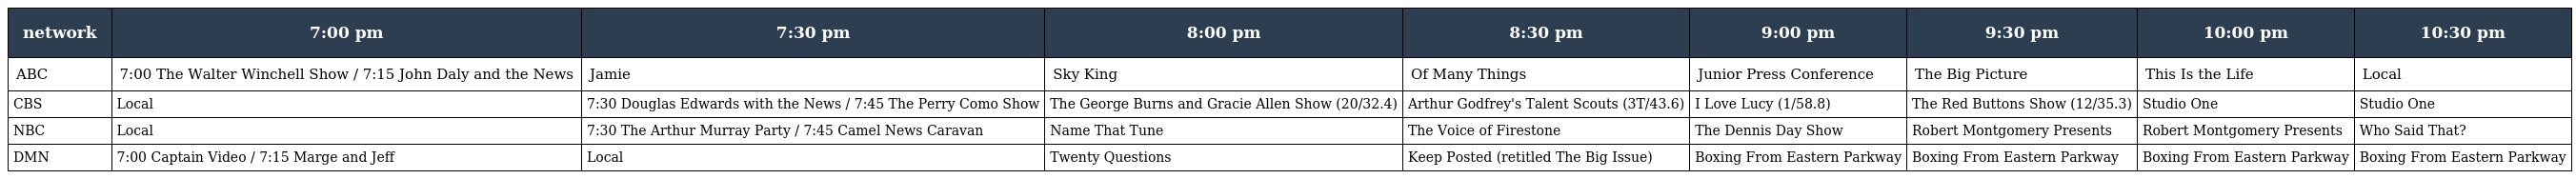
| network | 7:00 pm | 7:30 pm | 8:00 pm | 8:30 pm | 9:00 pm | 9:30 pm | 10:00 pm | 10:30 pm |
 | --- | --- | --- | --- | --- | --- | --- | --- | --- |
 | ABC | 7:00 The Walter Winchell Show / 7:15 John Daly and the News | Jamie | Sky King | Of Many Things | Junior Press Conference | The Big Picture | This Is the Life | Local |
 | CBS | Local | 7:30 Douglas Edwards with the News / 7:45 The Perry Como Show | The George Burns and Gracie Allen Show (20/32.4) | Arthur Godfrey's Talent Scouts (3T/43.6) | I Love Lucy (1/58.8) | The Red Buttons Show (12/35.3) | Studio One | Studio One |
 | NBC | Local | 7:30 The Arthur Murray Party / 7:45 Camel News Caravan | Name That Tune | The Voice of Firestone | The Dennis Day Show | Robert Montgomery Presents | Robert Montgomery Presents | Who Said That? |
 | DMN | 7:00 Captain Video / 7:15 Marge and Jeff | Local | Twenty Questions | Keep Posted (retitled The Big Issue) | Boxing From Eastern Parkway | Boxing From Eastern Parkway | Boxing From Eastern Parkway | Boxing From Eastern Parkway |